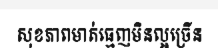
សុខភាពមាត់ធ្មេញមិនល្អច្រើន